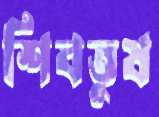
শিবতুষ